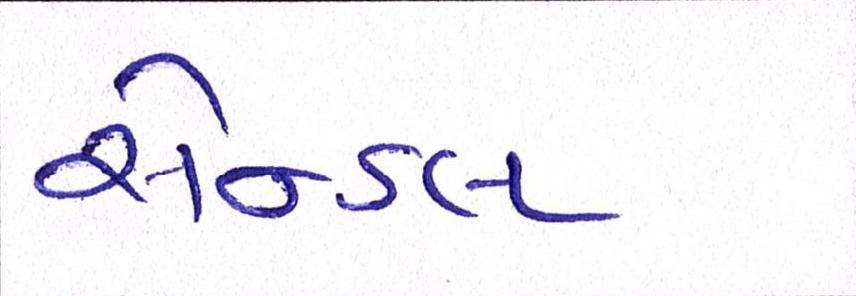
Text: સેન્ડલ